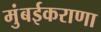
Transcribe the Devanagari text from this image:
मुंबईकराणा